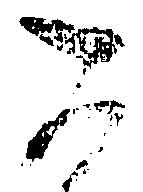
可